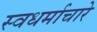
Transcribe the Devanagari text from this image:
स्वधर्माचारे